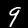
Label: 9